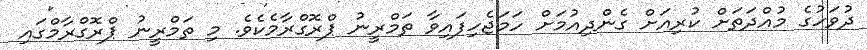
ދުވަހުގެ މުއްދަތަށް ކުރިއަށް ގެންދިއުމަށް ހަމަޖެހިފައިވާ ތަމްރީނު ޕްރޮގްރާމެކެވެ. މި ތަމްރީނު ޕްރޮގްރާމްގައި